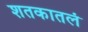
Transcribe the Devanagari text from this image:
शतकातलं